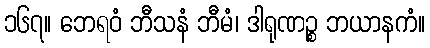
၁၆၇။ ဘေရဝံ ဘီသနံ ဘီမံ၊ ဒါရုဏဉ္စ ဘယာနကံ။